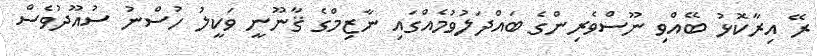
ރޭ އިރާކޮޅު ބޭއްވި ނޫސްވެރިންގެ ބައްދަލުވުމެއްގައި ނާޒިމްގެ ޤާނޫނީ ވަކީލު ހުސްނު ސުއޫދުވެސް